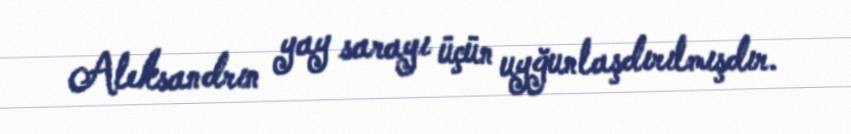
Aleksandrın yay sarayı üçün uyğunlaşdırılmışdır.